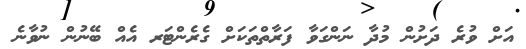
އަށް ވުރެ ދަށުން މުދާ ނަންގަވާ ފަރާތްތަކަށް ގެރެންޓަރ އެއް ބޭނުން ނުވާނެ